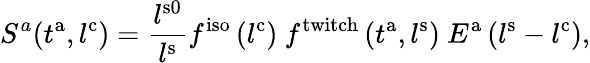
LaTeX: S^{a}(t^{\mathrm{a}},l^{\mathrm{{c}}})=\frac{l^{\mathrm{s0}}}{l^{\mathrm{s}}}f^{\mathrm{iso}}\left(l^{\mathrm{c}}\right)\ f^{\mathrm{twitch}}\left(t^{\mathrm{a}},l^{\mathrm{s}}\right)\ E^{\mathrm{a}}\left(l^{\mathrm{s}}-l^{\mathrm{c}}\right),